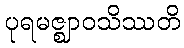
ပုရမဇ္ဈာဝသိဿတိ